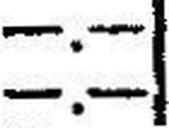
—.—